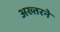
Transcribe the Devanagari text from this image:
अख्तरने